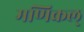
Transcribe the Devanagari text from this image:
मणिकल्